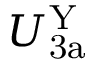
U _ { \mathrm { 3 a } } ^ { \mathrm { Y } }